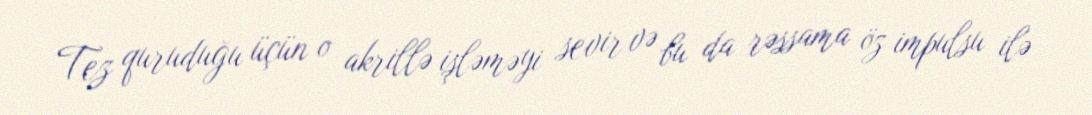
Tez quruduğu üçün o akrillə işləməyi sevir və bu da rəssama öz impulsu ilə